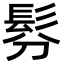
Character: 𩬉